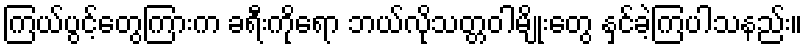
ကြယ်ပွင့်တွေကြားက ခရီးကိုရော ဘယ်လိုသတ္တဝါမျိုးတွေ နှင်ခဲ့ကြပါသနည်း။